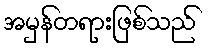
အမှန်တရားဖြစ်သည်